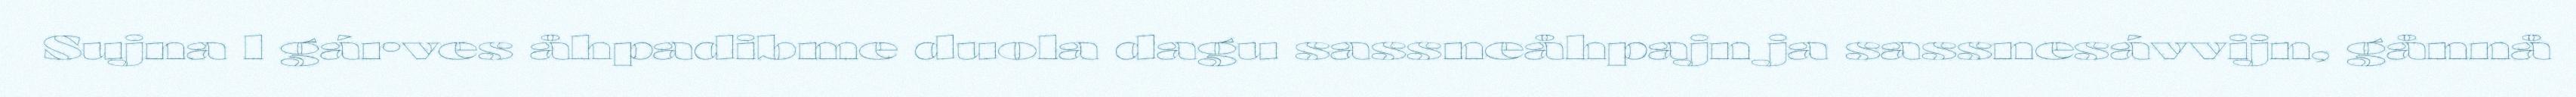
Sujna l gárves åhpadibme duola dagu sassneåhpajn ja sassnesávvijn, gånnå